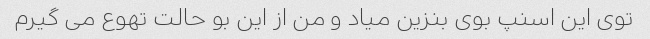
توی این اسنپ بوی بنزین میاد و من از این بو حالت تهوع می گیرم